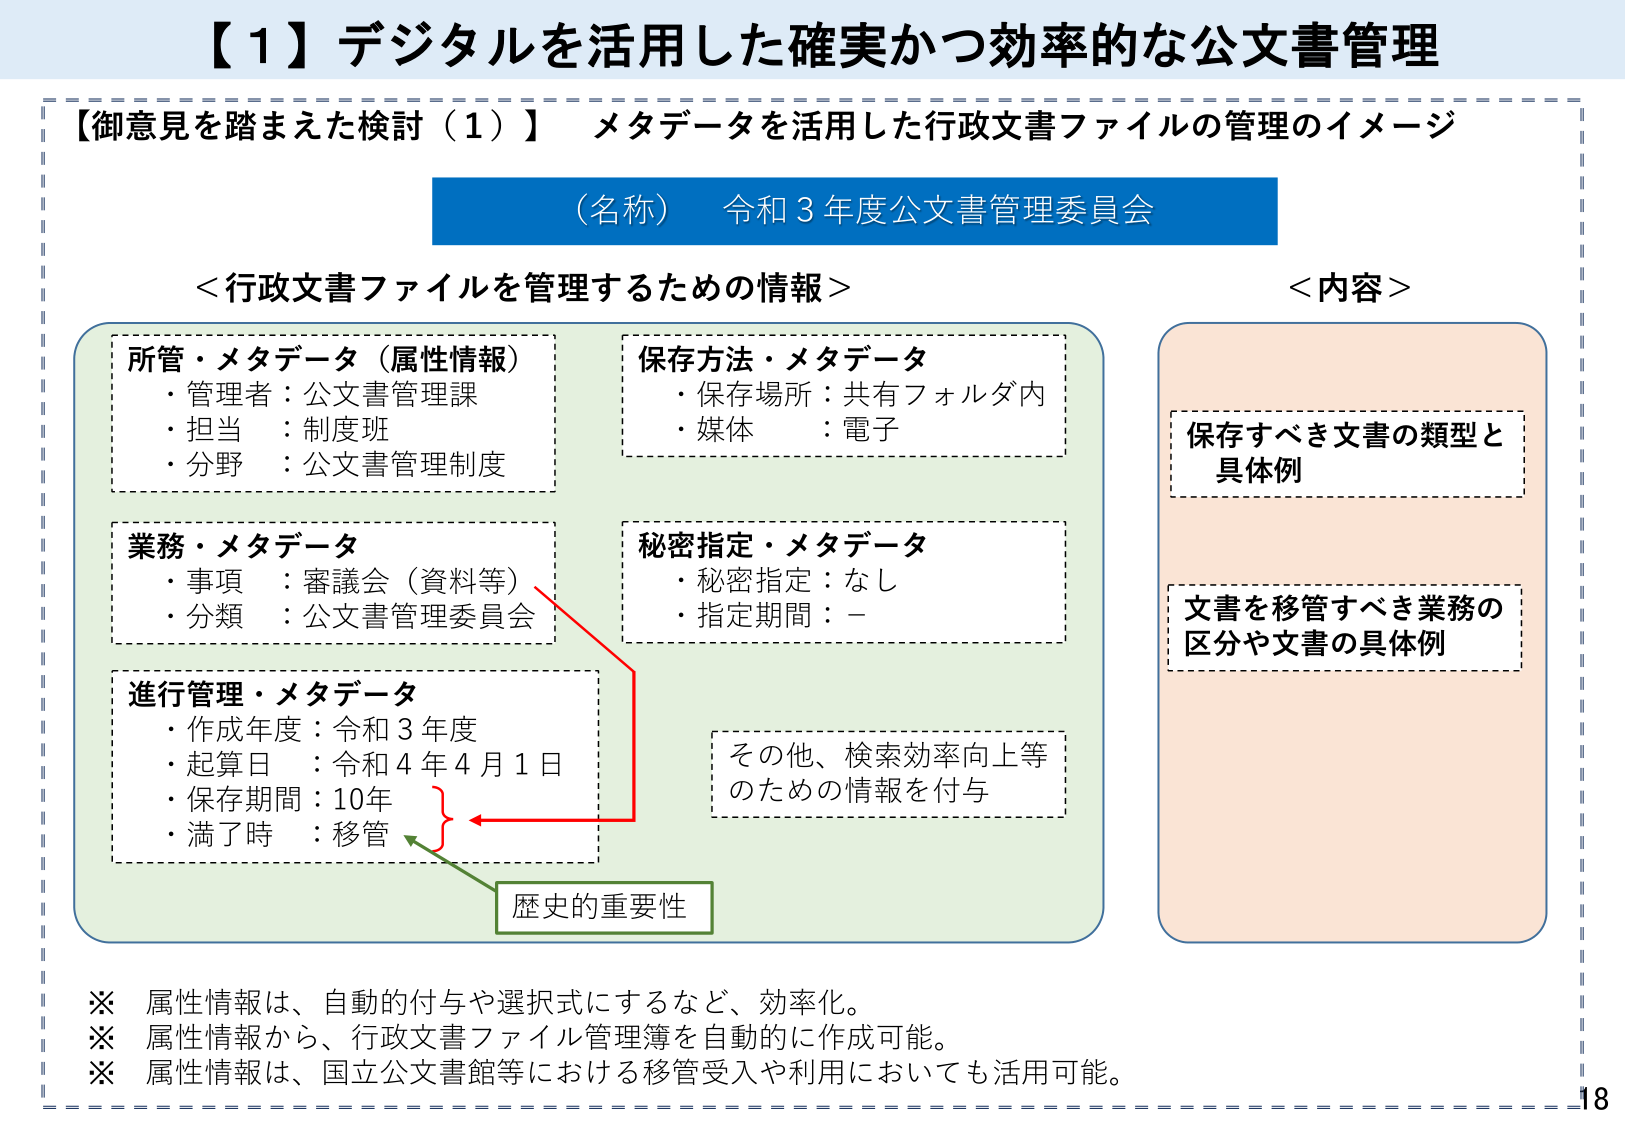
【１】デジタルを活用した確実かつ効率的な公文書管理
【御意見を踏まえた検討（１）】 メタデータを活用した行政文書ファイルの管理のイメージ
（名称） 令和３年度公文書管理委員会

＜行政文書ファイルを管理するための情報＞
所管・メタデータ（属性情報）
・管理者：公文書管理課
・担当 ：制度班
・分野 ：公文書管理制度

保存方法・メタデータ
・保存場所：共有フォルダ内
・媒体 ：電子

業務・メタデータ
・事項 ：審議会（資料等）
・分類 ：公文書管理委員会

秘密指定・メタデータ
・秘密指定：なし
・指定期間：－

進行管理・メタデータ
・作成年度：令和３年度
・起算日 ：令和４年４月１日
・保存期間：10年
・満了時 ：移管

その他、検索効率向上等
のための情報を付与

歴史的重要性

＜内容＞
保存すべき文書の類型と
具体例

文書を移管すべき業務の
区分や文書の具体例

※ 属性情報は、自動的付与や選択式にするなど、効率化。
※ 属性情報から、行政文書ファイル管理簿を自動的に作成可能。
※ 属性情報は、国立公文書館等における移管受入や利用においても活用可能。

18